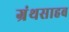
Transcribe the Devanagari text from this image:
ग्रंथसाहब